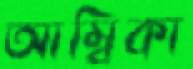
আম্বিকা